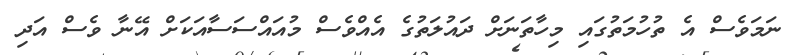
ނަމަވެސް އެ ތުހުމަތުގައި މިހާތަނަށް ދައުލަތުގެ އެއްވެސް މުއައްސަސާއަކަށް އޭނާ ވެސް އަދި